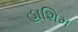
હાશિમ